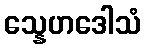
သ္နေဟဒေါသံ